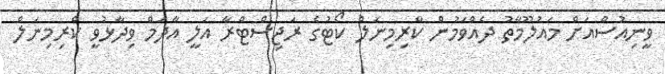
ވީނިއުސްއަށް މައުލޫމާތު ދެއްވަމުން ކްރިމިނަލް ކޯޓުގެ ރަޖިސްޓްރާ އަލީ އާދަމް ވިދާޅުވީ ކްރިމިނަލް